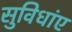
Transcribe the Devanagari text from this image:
सुविधांए